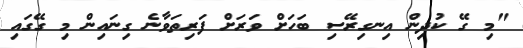
"މި ގޭ ކުދިން އިނގިރޭސި ބަހަށް ވަރަށް ފަރިތަވާނެ ގިނައިން މި ގޭގައި